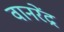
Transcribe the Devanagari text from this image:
वानरेंद्र